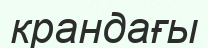
крандағы